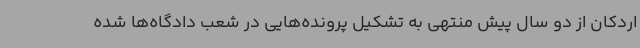
اردکان از دو سال پیش منتهی به تشکیل پرونده‌هایی در شعب دادگاه‌ها شده